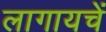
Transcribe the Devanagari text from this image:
लागायचें